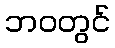
ဘဝတွင်